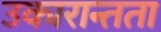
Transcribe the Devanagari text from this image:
उकारान्तता